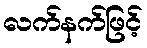
လက်နက်ဖြင့်